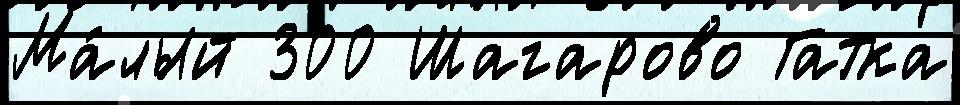
Ма́лый 300 Шагарово Гатка